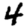
Digit: 4